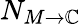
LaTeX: N_{M\rightarrow\mathbb{C}}